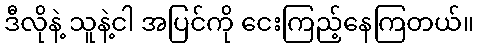
ဒီလိုနဲ့ သူနဲ့ငါ အပြင်ကို ငေးကြည့်နေကြတယ်။